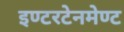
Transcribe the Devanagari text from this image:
इण्टरटेनमेण्ट